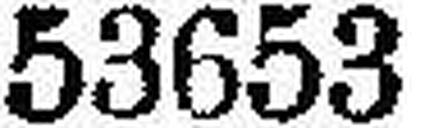
53653